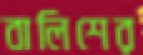
বালিশের